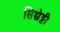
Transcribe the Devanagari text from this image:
सिच्चेट्टी